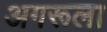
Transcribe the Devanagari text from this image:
अगरूला